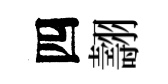
四翿